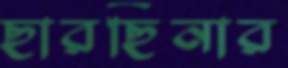
ছারছিনার